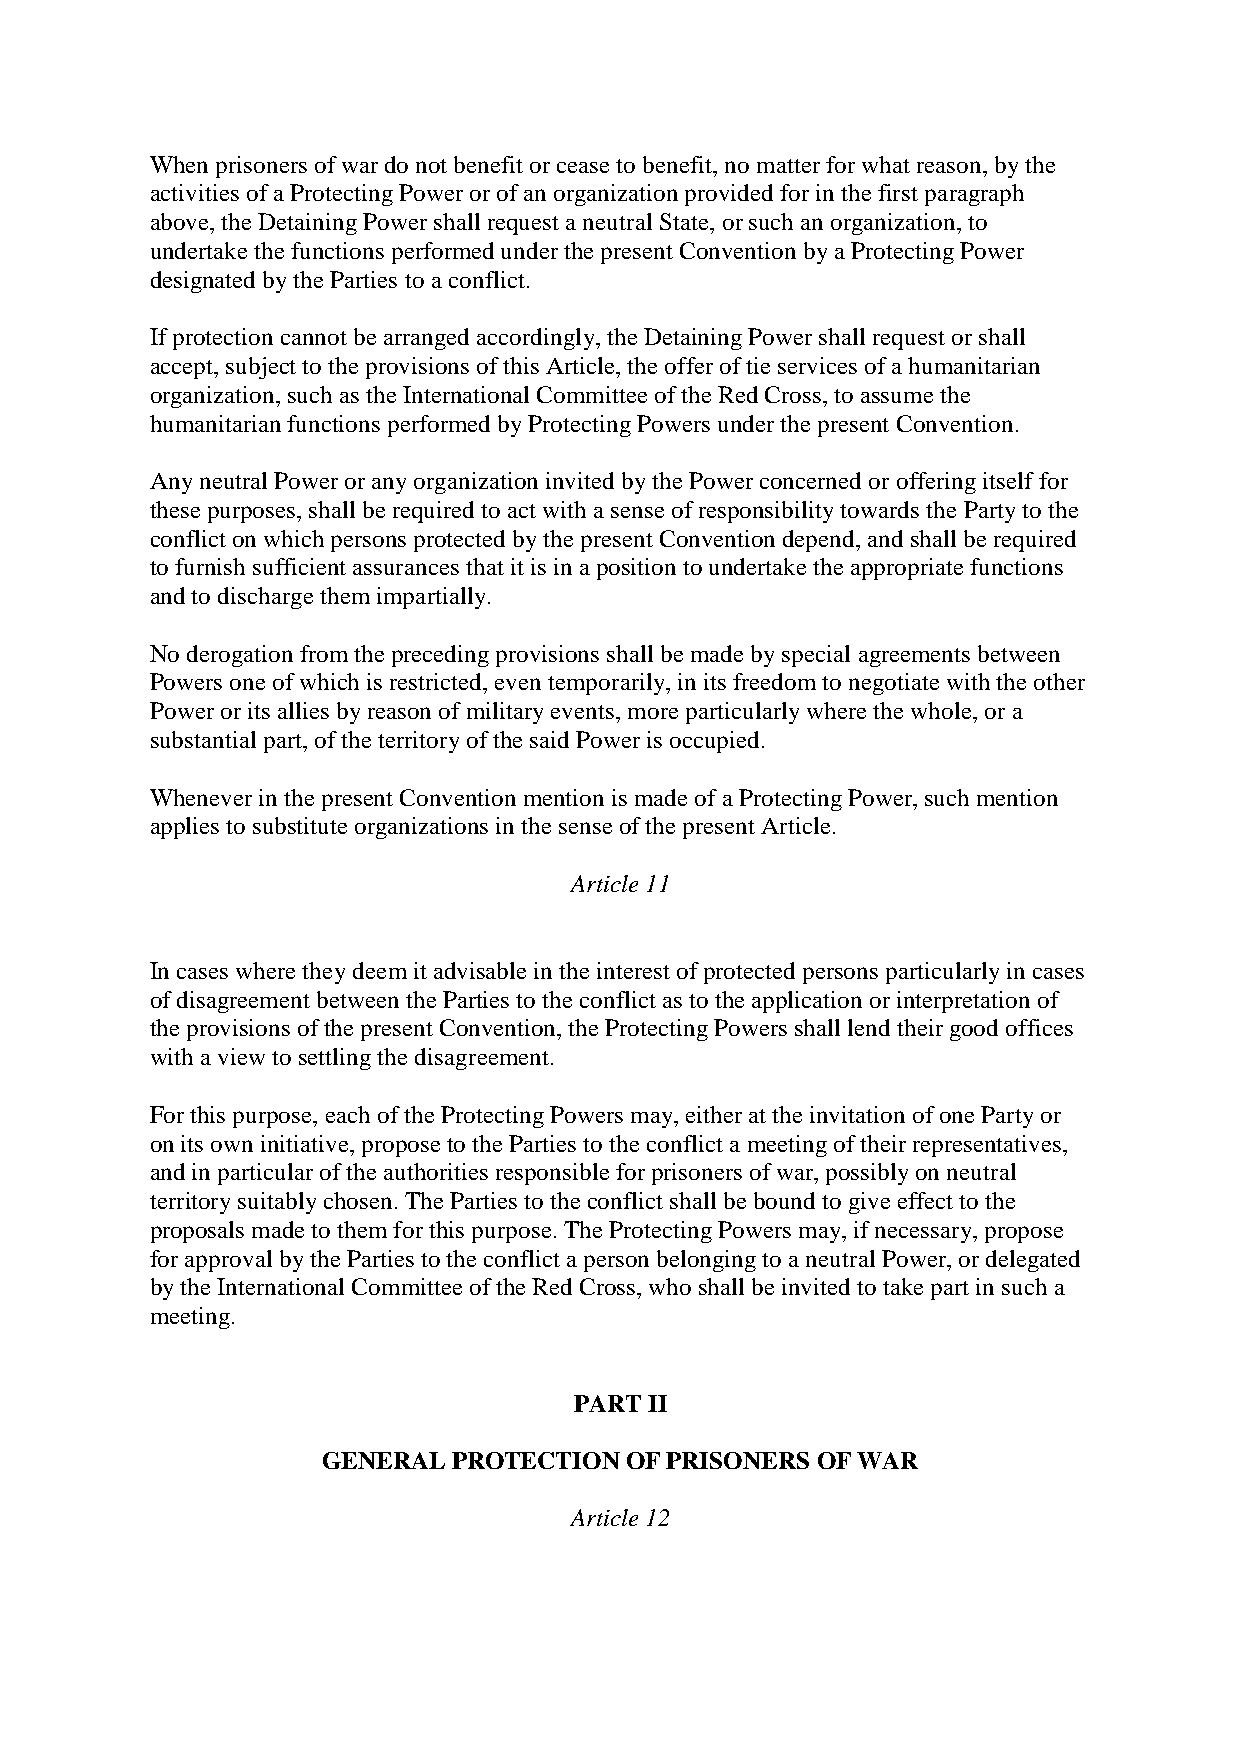
When prisoners of war do not benefit or cease to benefit, no matter for what reason, by the
 activities of a Protecting Power or of an organization provided for in the first paragraph
 above, the Detaining Power shall request a neutral State, or such an organization, to
 undertake the functions performed under the present Convention by a Protecting Power
 designated by the Parties to a conflict.
 If protection cannot be arranged accordingly, the Detaining Power shall request or shall
 accept, subject to the provisions of this Article, the offer of tie services of a humanitarian
 organization, such as the International Committee of the Red Cross, to assume the
 humanitarian functions performed by Protecting Powers under the present Convention.
 Any neutral Power or any organization invited by the Power concerned or offering itself for
 these purposes, shall be required to act with a sense of responsibility towards the Party to the
 conflict on which persons protected by the present Convention depend, and shall be required
 to furnish sufficient assurances that it is in a position to undertake the appropriate functions
 and to discharge them impartially.
 No derogation from the preceding provisions shall be made by special agreements between
 Powers one of which is restricted, even temporarily, in its freedom to negotiate with the other
 Power or its allies by reason of military events, more particularly where the whole, or a
 substantial part, of the territory of the said Power is occupied.
 Whenever in the present Convention mention is made of a Protecting Power, such mention
 applies to substitute organizations in the sense of the present Article.
 Article 11
 In cases where they deem it advisable in the interest of protected persons particularly in cases
 of disagreement between the Parties to the conflict as to the application or interpretation of
 the provisions of the present Convention, the Protecting Powers shall lend their good offices
 with a view to settling the disagreement.
 For this purpose, each of the Protecting Powers may, either at the invitation of one Party or
 on its own initiative, propose to the Parties to the conflict a meeting of their representatives,
 and in particular of the authorities responsible for prisoners of war, possibly on neutral
 territory suitably chosen. The Parties to the conflict shall be bound to give effect to the
 proposals made to them for this purpose. The Protecting Powers may, if necessary, propose
 for approval by the Parties to the conflict a person belonging to a neutral Power, or delegated
 by the International Committee of the Red Cross, who shall be invited to take part in such a
 meeting.
 PART II
 GENERAL  PROTECTION OF PRISONERS OF WAR
 Article 12